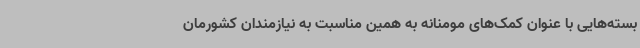
بسته‌هایی با عنوان کمک‌های مومنانه به همین مناسبت به نیازمندان کشورمان